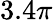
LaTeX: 3.4\pi